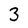
Character: 3